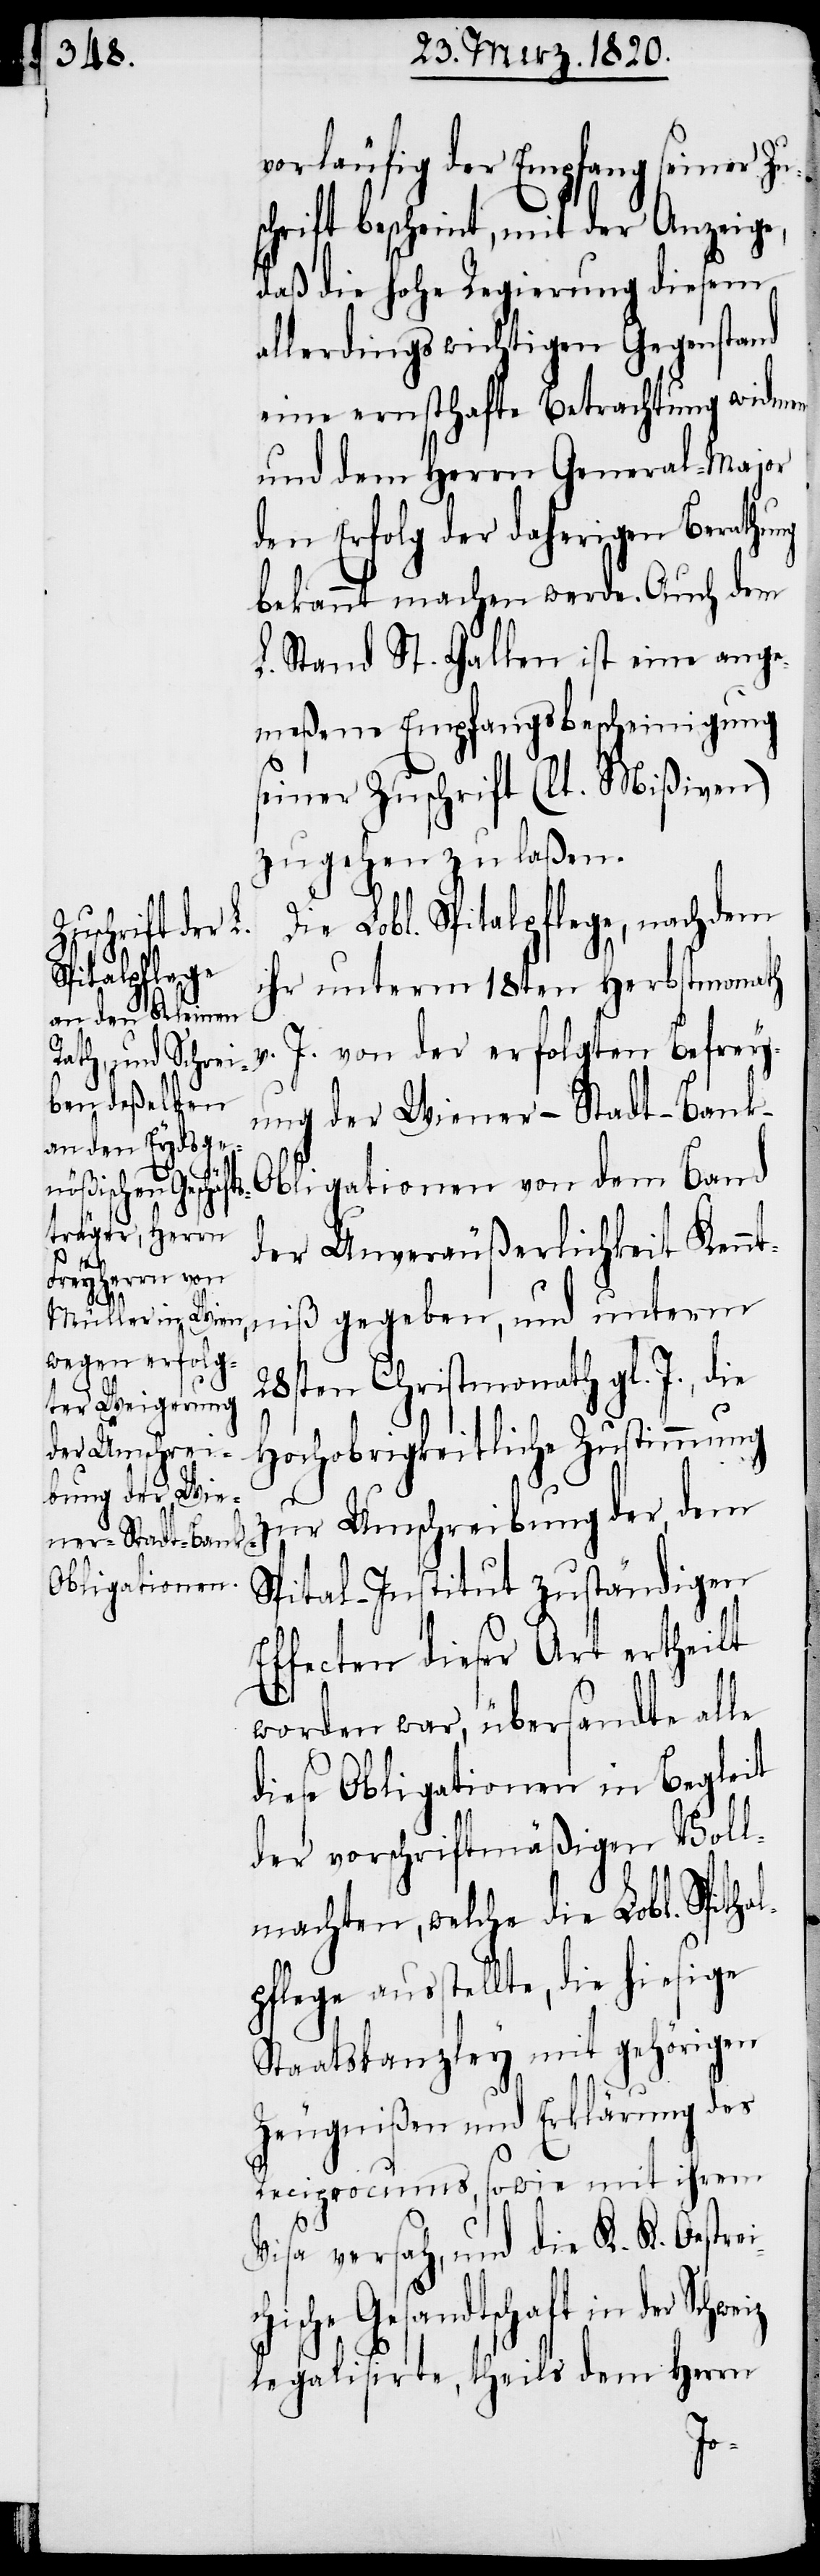
vorläufig der Empfang seiner Z¬
schrift bescheint, mit der Anzeige,
daß die hohe Regierung diesem
allerdings wichtigen Gegenstand
eine ernsthafte Betrachtung widmen
und dem Herrn General-Major
den Erfolg der daherigen Berathung
bekannt machen werde. Auch dem
L. Stand St. Gallen ist eine ange¬
meßene Empfangsbescheinigung
seiner Zuschrift (lt. Mißiven)
zugehen zu laßen.
Die Lobl. Spitalpflege, nachdem
ihr unterm 18ten Herbstmonath
v. J. von der erfolgten Befrey¬
ung der Wiener-Stadt-Bank-O¬
bligationen von dem Band
der Unveräußerlichkeit Kennt¬
niß gegeben, und unterm
28sten Christmonath gl. J., die
Hochobrigkeitliche Zustimmung
zur Umschreibung der, dem
Spital-Institut zuständigen
Effecten dieser Art ertheilt
worden war, übersandte alle
diese Obligationen in Begleit
der vorschriftmäßigen Voll¬
machten, welche die Lobl. Spitha¬
pflege ausstellte, die hiesige
Staatskanzley mit gehörigen
Zeugnißen und Erklärung des
Reciprocums, sowie mit ihrem
Visa versah, und die K. K. Oestre¬
sche Gesandtschaft in der
legalisirte, theils dem Herrn
ichi¬